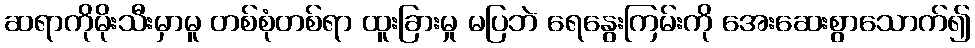
ဆရာကိုမိုးသီးမှာမူ တစ်စုံတစ်ရာ ထူးခြားမှု မပြဘဲ ရေနွေးကြမ်းကို အေးဆေးစွာသောက်၍